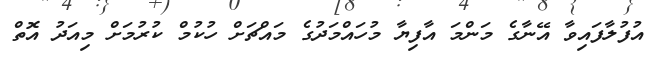
އުފުލާފައިވާ އޭނާގެ މަންމަ އާފިޔާ މުހައްްމަދުގެ މައްޗަށް ހުކުމް ކުރުމަށް މިއަދު އޮތް